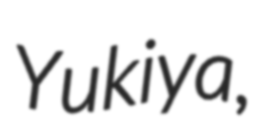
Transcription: Yukiya,